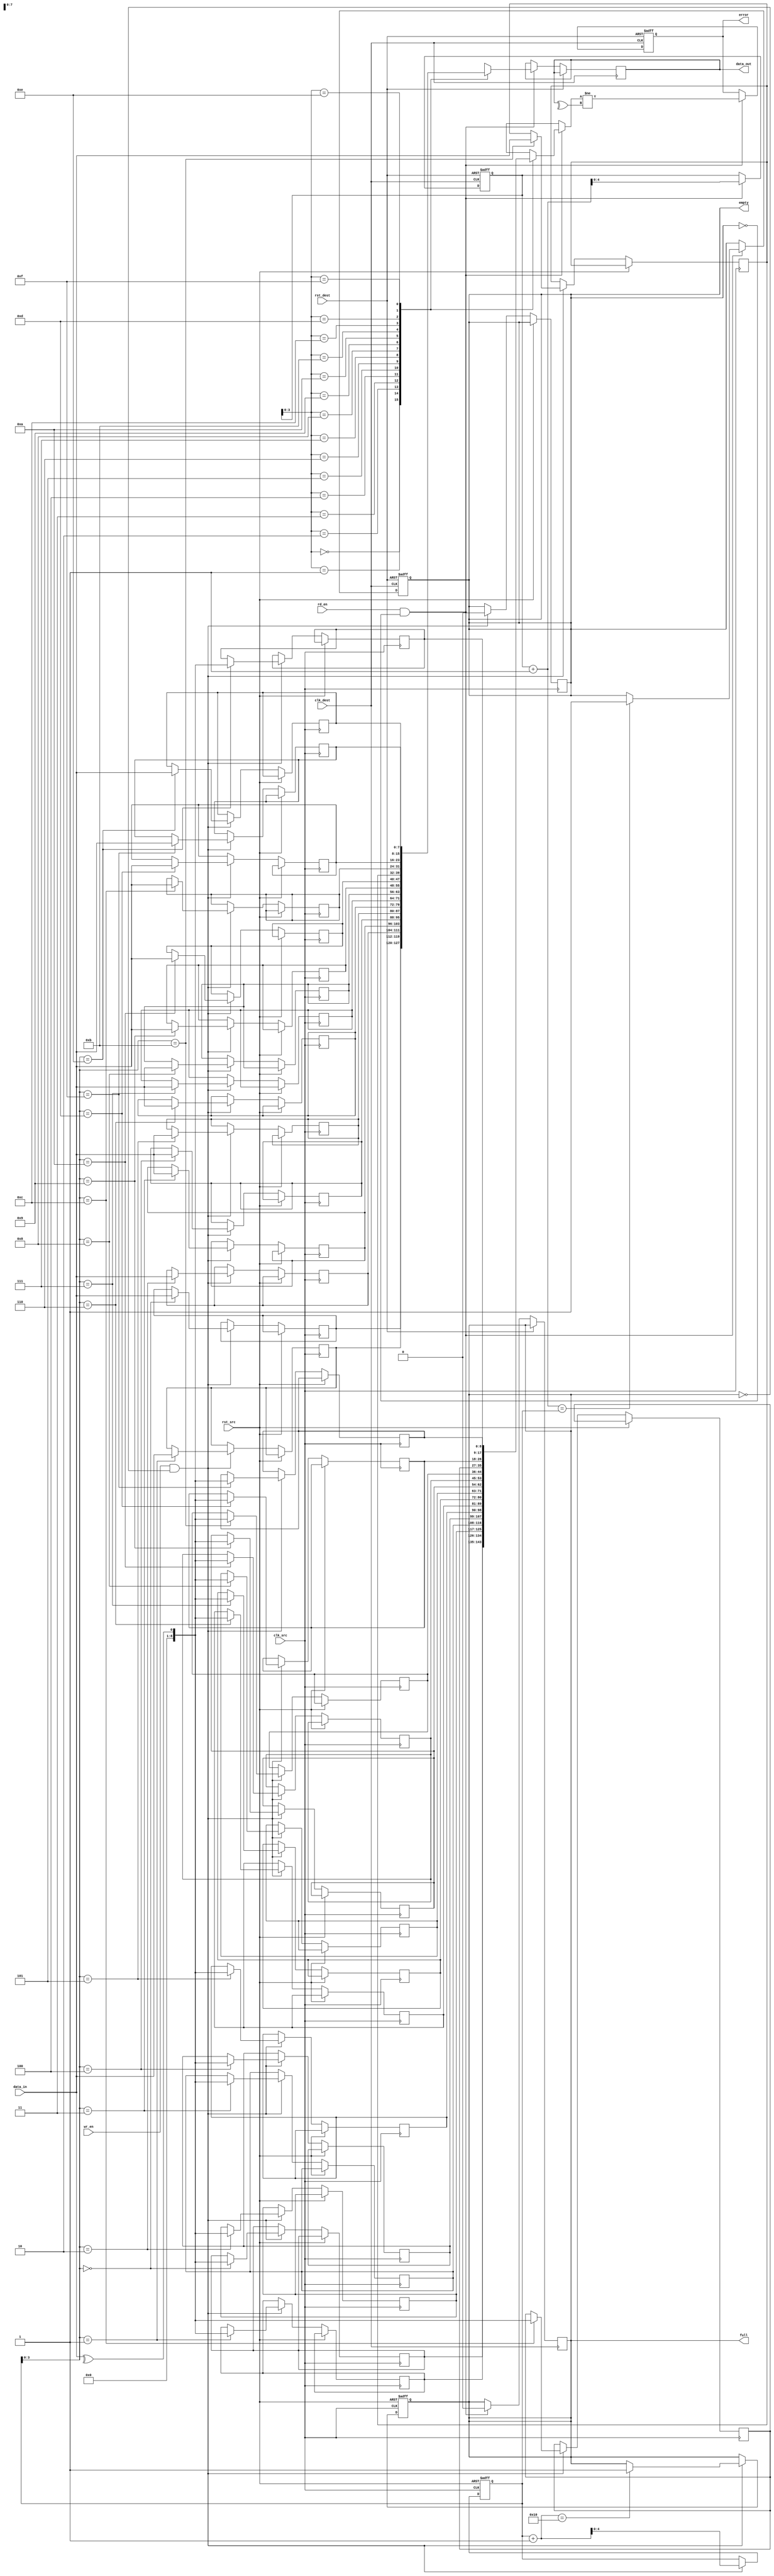
module dual_clock_fifo #(
    parameter DATA_WIDTH = 8,
    parameter FIFO_DEPTH = 16
)(
    input wire clk_src,           // Source clock
    input wire clk_dest,          // Destination clock
    input wire rst_src,           // Asynchronous reset for source clock domain
    input wire rst_dest,          // Asynchronous reset for destination clock domain
    input wire [DATA_WIDTH-1:0] data_in, // Data input
    input wire wr_en,             // Write enable
    input wire rd_en,             // Read enable
    output reg [DATA_WIDTH-1:0] data_out, // Data output
    output reg full,              // FIFO full indicator
    output reg empty,             // FIFO empty indicator
    output reg error              // Error flag for parity mismatch
);

    // Internal signals
    reg [DATA_WIDTH-1:0] fifo_mem [0:FIFO_DEPTH-1]; // FIFO memory array
    reg [4:0] wr_ptr, rd_ptr;                         // Write and Read pointers
    reg [4:0] wr_ptr_gray, rd_ptr_gray;              // Gray encoded pointers
    reg [4:0] wr_ptr_sync, rd_ptr_sync;              // Synchronized pointers
    reg [DATA_WIDTH:0] parity_bit [0:FIFO_DEPTH-1];  // Parity bits for each data word

    // Write Logic (Source Clock Domain)
    always @(posedge clk_src or posedge rst_src) begin
        if (rst_src) begin
            wr_ptr <= 0;
            full <= 0;
        end else if (wr_en && !full) begin
            fifo_mem[wr_ptr] <= data_in;
            parity_bit[wr_ptr] <= ^data_in; // Generate even parity
            wr_ptr <= wr_ptr + 1;
            if (wr_ptr + 1 == FIFO_DEPTH) begin
                full <= 1;
            end
            empty <= 0;
        end
    end

    // Read Logic (Destination Clock Domain)
    always @(posedge clk_dest or posedge rst_dest) begin
        if (rst_dest) begin
            rd_ptr <= 0;
            empty <= 1;
            error <= 0;
        end else if (rd_en && !empty) begin
            data_out <= fifo_mem[rd_ptr];
            error <= (parity_bit[rd_ptr] != ^data_out); // Check parity
            rd_ptr <= rd_ptr + 1;
            if (rd_ptr + 1 == wr_ptr) begin
                empty <= 1;
            end
            full <= 0;
        end
    end

    // Pointer Synchronization for Write Pointer (Destination Clock Domain)
    always @(posedge clk_dest or posedge rst_dest) begin
        if (rst_dest) begin
            wr_ptr_sync <= 0;
        end else begin
            wr_ptr_sync <= wr_ptr_gray; // Synchronize write pointer
        end
    end

    // Pointer Synchronization for Read Pointer (Source Clock Domain)
    always @(posedge clk_src or posedge rst_src) begin
        if (rst_src) begin
            rd_ptr_sync <= 0;
        end else begin
            rd_ptr_sync <= rd_ptr_gray; // Synchronize read pointer
        end
    end

    // Gray Code Conversion
    function [4:0] bin_to_gray(input [4:0] bin);
        begin
            bin_to_gray = {bin[4], bin[4:1] ^ bin[3:0]};
        end
    endfunction

    always @(posedge clk_src) begin
        wr_ptr_gray <= bin_to_gray(wr_ptr);
    end

    always @(posedge clk_dest) begin
        rd_ptr_gray <= bin_to_gray(rd_ptr);
    end

endmodule